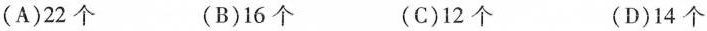
(A)22个 (B)16个 (C)12个 (D)14个